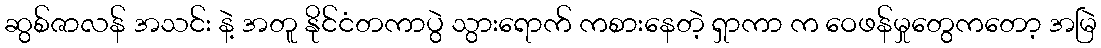
ဆွစ်ဇာလန် အသင်း နဲ့ အတူ နိုင်ငံတကာပွဲ သွားရောက် ကစားနေတဲ့ ရှာကာ က ဝေဖန်မှုတွေကတော့ အမြဲ